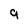
Character: 9